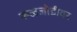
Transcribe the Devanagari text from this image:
रूळजोडीवर